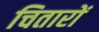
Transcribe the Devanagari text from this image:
चितारों